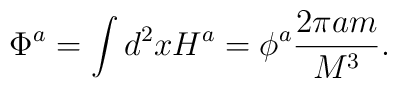
\Phi^a = \int d^2x H^a = \phi^a\frac{2\pi am}{M^3}.